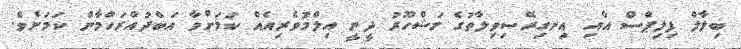
ބިލާލް ފިލިޕްސް އާއި އިނގިރޭސިވިލާތުގެ މަޝްހޫރު ދީނީ އިލްމުވެރިއެއް ކަމަށްވާ އަބްދުއްރަހްމާން ކަމަށެވެ.